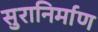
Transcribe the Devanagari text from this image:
सुरानिर्माण